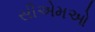
સીએમઓ